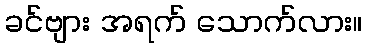
ခင်ဗျား အရက် သောက်လား။